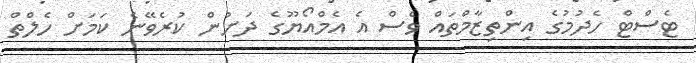
ޓެސްޓް ހެދުމުގެ އިންތިޒާމްތައް ވެސް އެ އެމްއޯޔޫގެ ދަށުން ކުރެވޭނެ ކަމަށް ހެލްތް